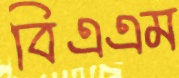
বিএএম